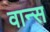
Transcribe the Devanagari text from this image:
वान्स